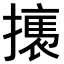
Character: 𢴶